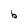
Character: b